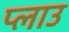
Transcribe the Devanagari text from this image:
प्लाउ